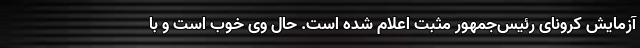
آزمایش کرونای رئیس‌جمهور مثبت اعلام شده است. حال وی خوب است و با